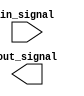
module IO_Blocks_LowPower_Buffer(
    input wire in_signal,
    output wire out_signal
);

// Verilog code for the IO Blocks Low-power buffer

endmodule